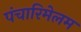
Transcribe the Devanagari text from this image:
पंचारिमेलम